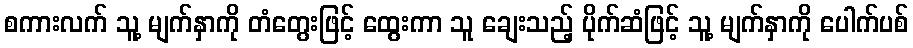
စကားလက် သူ့ မျက်နှာကို တံတွေးဖြင့် ထွေးကာ သူ ချေးသည့် ပိုက်ဆံဖြင့် သူ့ မျက်နှာကို ပေါက်ပစ်